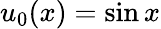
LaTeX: u_{0}(x)=\sin{x}